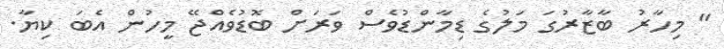
'' މިހާރު ބާޒާރުގަ މަލުގެ ޑިމާންޑުވެސް ވަރަށް ބޮޑުވެއްޖޭ މީހުން އެބަ ކިޔާ.